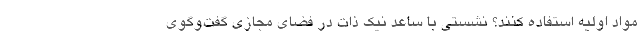
مواد اولیه استفاده کنند؟ نشستی با ساعد نیک‌ ذات در فضای مجازی گفت‌وگوی